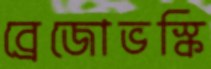
ব্রেজোভস্কি